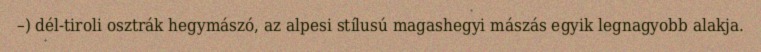
–) dél-tiroli osztrák hegymászó, az alpesi stílusú magashegyi mászás egyik legnagyobb alakja.